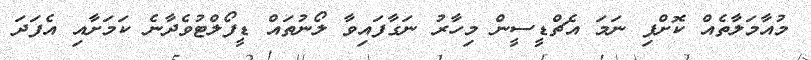
މުއާމަލާތެއް ކޮށްފި ނަމަ އެޗްޑީސީން މިހާރު ނަގާފައިވާ ލޯނުތައް ޑީފޯލްޓުވެދާނެ ކަމަށާއި އެފަދަ